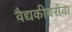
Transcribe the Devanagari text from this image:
वैद्यकीयसेवा